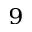
_ 9